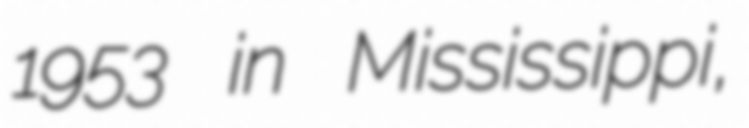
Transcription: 1953 in Mississippi,